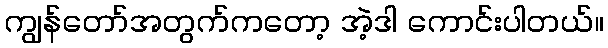
ကျွန်တော်အတွက်ကတော့ အဲ့ဒါ ကောင်းပါတယ်။